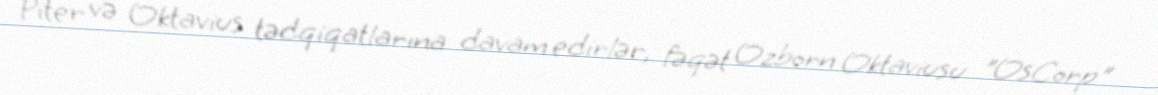
Piter və Oktavius tədqiqatlarına davam edirlər, fəqət Ozborn Oktaviusu "OsCorp"